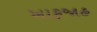
ખાફજાહ